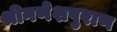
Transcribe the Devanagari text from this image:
श्रीगणेशपुराण